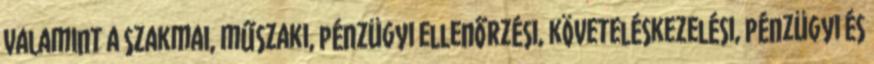
valamint a szakmai, műszaki, pénzügyi ellenőrzési, követeléskezelési, pénzügyi és